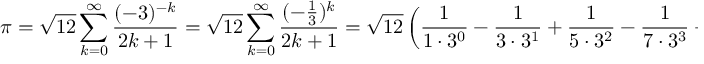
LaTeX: \pi = { \sqrt { 1 2 } } \sum _ { k = 0 } ^ { \infty } { \frac { ( - 3 ) ^ { - k } } { 2 k + 1 } } = { \sqrt { 1 2 } } \sum _ { k = 0 } ^ { \infty } { \frac { ( - { \frac { 1 } { 3 } } ) ^ { k } } { 2 k + 1 } } = { \sqrt { 1 2 } } \left( { \frac { 1 } { 1 \cdot 3 ^ { 0 } } } - { \frac { 1 } { 3 \cdot 3 ^ { 1 } } } + { \frac { 1 } { 5 \cdot 3 ^ { 2 } } } - { \frac { 1 } { 7 \cdot 3 ^ { 3 } } } + \cdots \right)